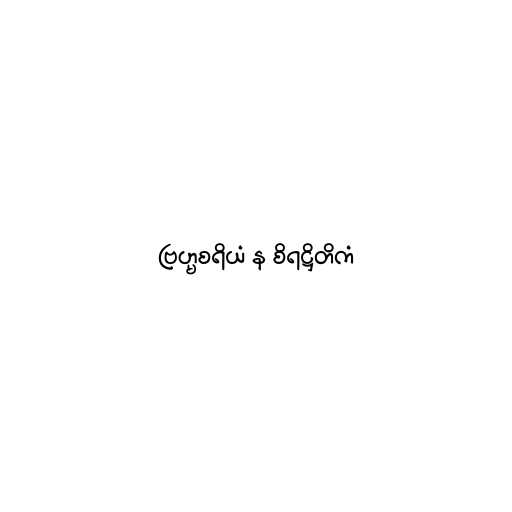
ဗြဟ္မစရိယံ န စိရဋ္ဌိတိကံ